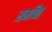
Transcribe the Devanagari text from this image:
समचित